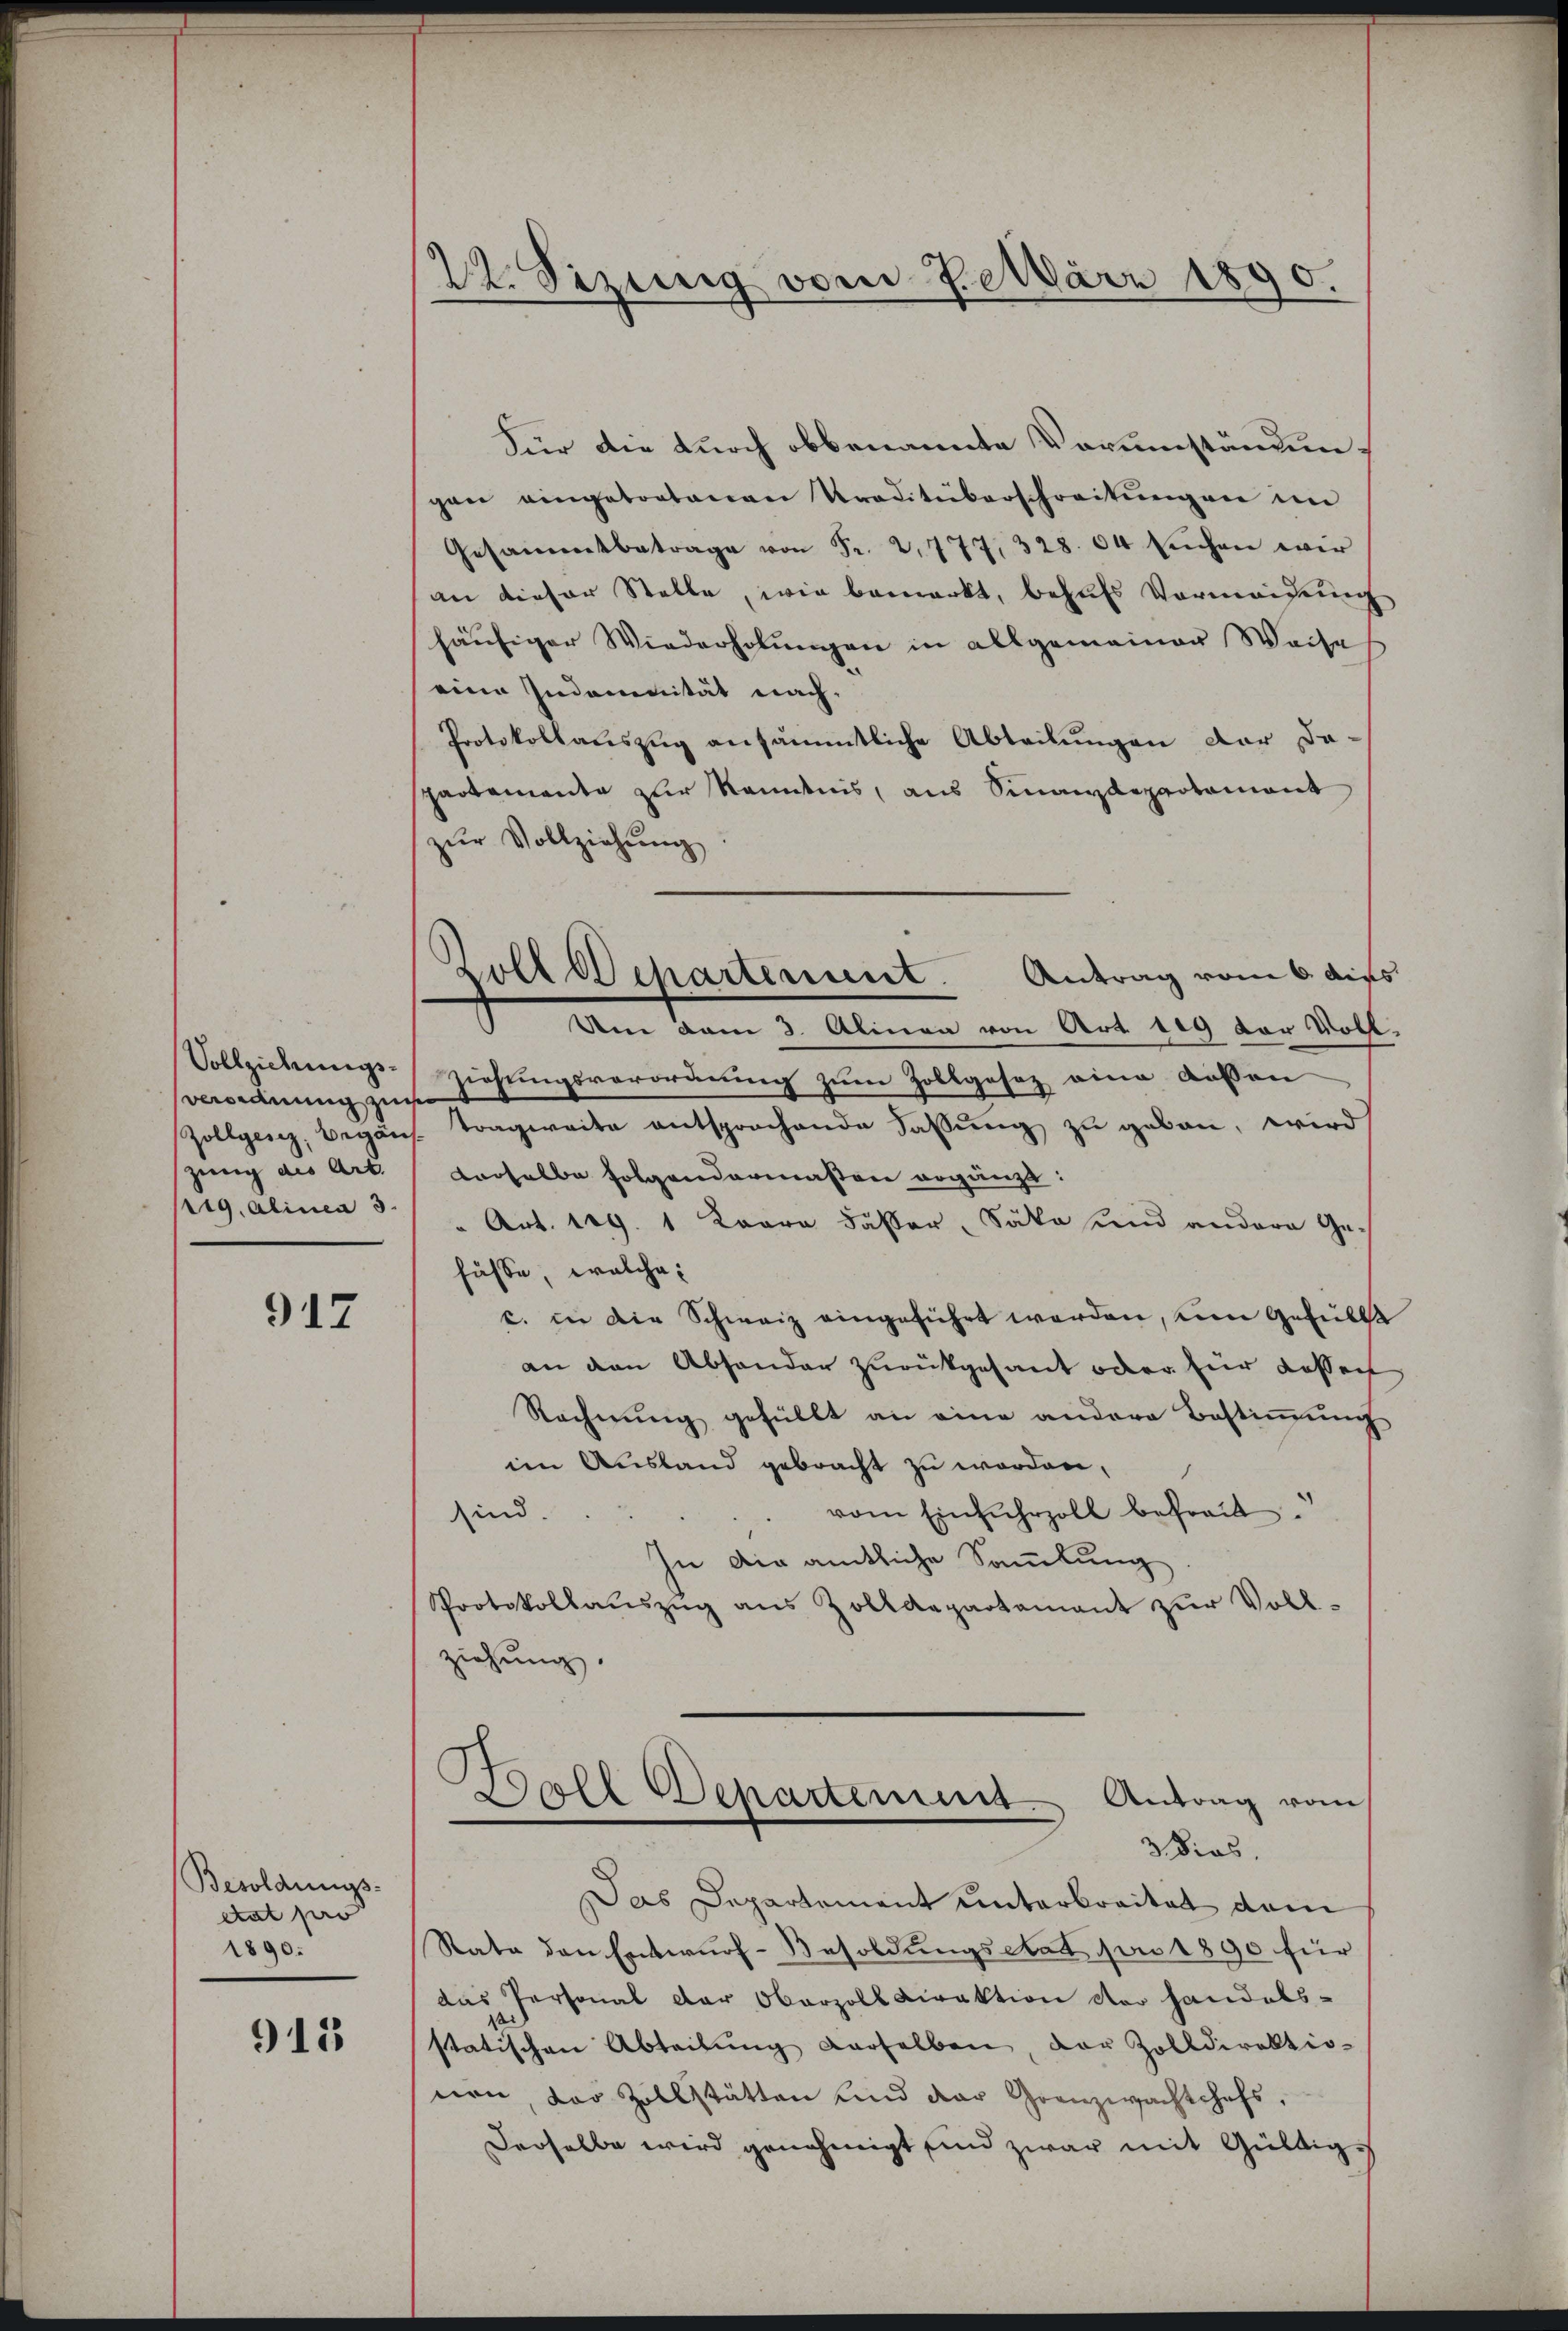
Verordnung zu
zung des Art.
119, Alinea 3.

917

Besoldungs-
etat par
1890.

915

22. Sizung vom 7. März 1890.

Für die durch obbenannte Vorumständunpan eingetretenen Traditüberschreitŭngen im
Gesammtbetrage von Fr. 2777, 328. 64 suchen wir
an dieser Stelle, wie bemerkt, behufs Vermeisung
häŭsiger Wiederholŭngen in allgemeiner Weise
eine Indounität nach.
Protokollauszug ansämmtliche Abteilungen der da-
spartemente zur Kenntnis, aus Sinanzdepartament
zŭr Vollziehŭng
Vollziehungsziehungsverordnung zum Zollgesez eine deßen
Zollgen, begans. Tragweite entsprochende Fassung zu geben, wird
derselbe folgendermassen ergänzt:
" Art. 129. 1 Loara Fäßer, Säka und andere Ge-
füsse, welche
c. in die Schweiz eingeführt werden, um Gefülle
an den Absonder zurückgesant oder für dassen
Rechnŭng gefüllt an eine andere Bestiṁŭng
im Ausland gebracht zu worden,
vom Einfuhrzoll befreit.
sind.
In Dir amtliche Sammlung
Protokollaŭszŭg ans Zolldepartamant zŭr Voll-
ziehung.
Zoll Departement Antrag vom
3 dies.
Das Departement unterbreitet dem
Stata den Entwŭrf-Besoldungsetat von 1890 für
das Personal der Oberzoll Direktion der handels-
statischen Abteilŭng derselben, der Zolldirektio-
non, der Zollstätten und der Grenzwachtchefs,
Derselbe wird genehmigt sind zwar mit Gültige

Zoll Departement. Antrag vom 6. dies
Une dem 3. Alinea von Art. 119 der Voll¬